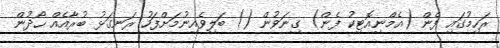
ރަހިމުގައި ފެން (އެމްނިއޮޓިކު ފެން) ގިނަވުން () ބަލިވެއިނުމަށްފަހު ރަނގަޅު ބުރާއެއް ހޯދުން